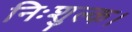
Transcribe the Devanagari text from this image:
निःशुल्क।